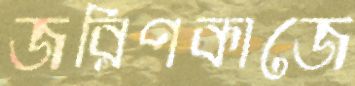
জরিপকাজে